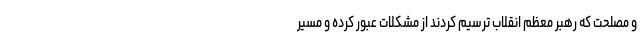
و مصلحت که رهبر معظم انقلاب ترسیم کردند از مشکلات عبور کرده و مسیر